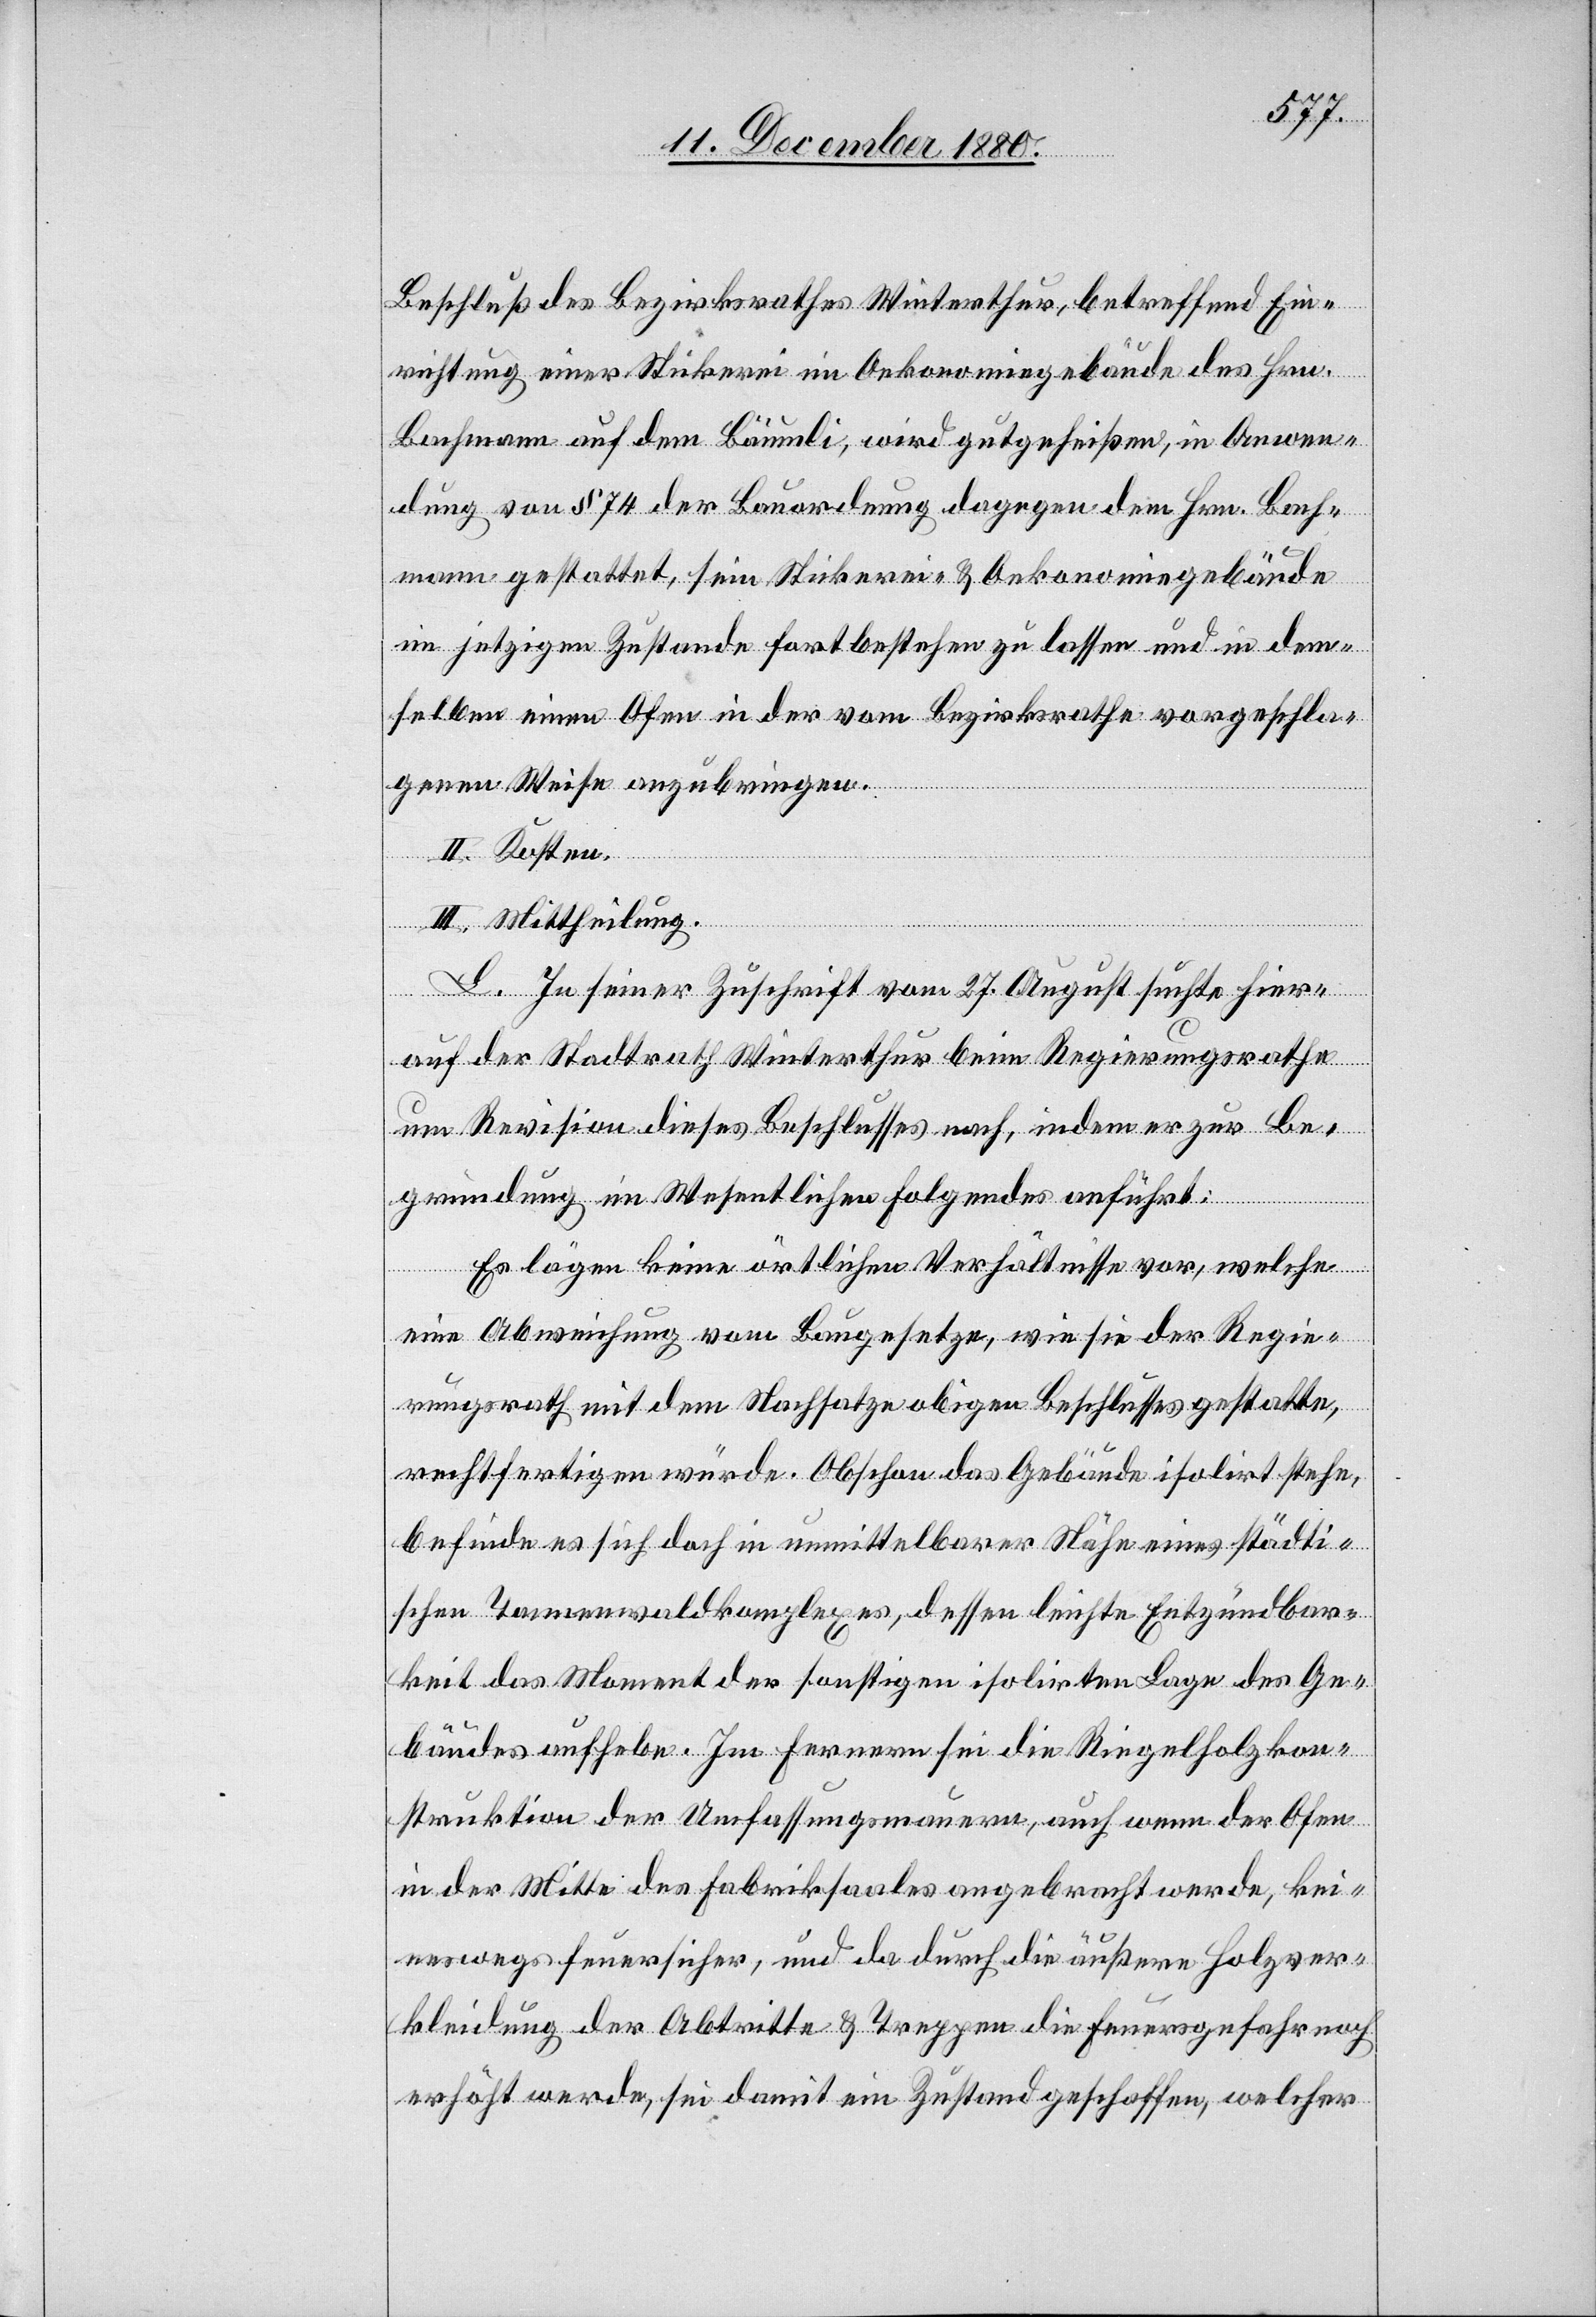
Beschluß des Bezirksrathes Winterthur, betreffend Ein¬
richtung einer Stickerei im Oekonomiegebäude des Hrn.
Bachmann auf dem Bäumli, wird gutgeheißen, in Anwen¬
dung von § 74 der Bauordnung dagegen dem Hrn. Bach¬
mann gestattet, sein Stickerei- & Oekonomiegebäude
im jetzigen Zustande fortbestehend zu lassen und in dem¬
selben einen Ofen in der vom Bezirksrathe vorgeschla¬
genen Weise anzubringen.
II. Kosten.
III. Mittheilung.
L. In seiner Zuschrift vom 27. August suchte hier¬
auf der Stadtrath Winterthur beim Regierungsrathe
um Revision dieses Beschlusses nach, indem er zur Be¬
gründung im Wesentlichen Folgendes anführt:
Es lägen keine örtlichen Verhältnisse vor, welche
eine Abweichung vom Baugesetze, wie sie der Regie¬
rungsrath mit dem Nachsatze obigen Beschlusses gestatte,
rechtfertigen würde. Obschon das Gebäude isolirt stehe,
befinde es sich doch in unmittelbarer Nähe eins städti¬
schen Tannenwaldkomplexes, dessen leichte Entzündbar¬
keit das Moment der sonstigen isolirten Lage des Ge¬
bäudes aufhebe. Im Fernern sei die Riegelholzkon¬
struktion der Umfassungsmauern, auch wenn der Ofen
in der Mitte des Fabriksaales angebracht werde, kei¬
neswegs feuersicher, und da durch die äußere Holzver¬
kleidung der Abtritte & Treppen die Feuersgefahr noch
erhöht werde, sei damit ein Zustand geschaffen, welcher